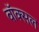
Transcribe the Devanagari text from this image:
वॉक्‍सल